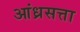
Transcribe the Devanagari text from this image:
आंध्रसत्ता